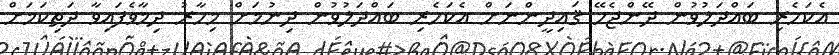
އެކަހެރި ބައްދަލުވުން ދޭންޖެހޭ ޤައިދީންނަށް އެކަހެރި ބައްދަލުވުން ދިނުމަށް މިހާރު ދިމާވެފައިވާ ދަތިކަމަށް